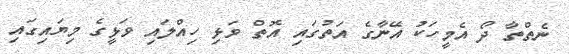
ނެތްތާ ދޯ އެމީހަކު އޭނާގެ އަތުގައި އޮތް ވަޅި ހިއްލައި ވަޅީގެ މިޔައިގައި